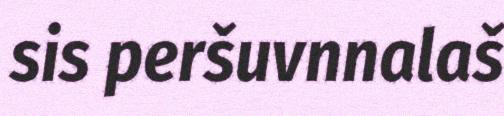
sis peršuvnnalaš